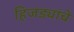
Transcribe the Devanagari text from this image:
हिजड्यांचे